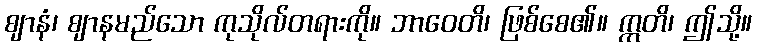
ဈာနံ၊ ဈာနမည်သော ကုသိုလ်တရားကို။ ဘာဝေတိ၊ ဖြစ်စေ၏။ ဣတိ၊ ဤသို့။